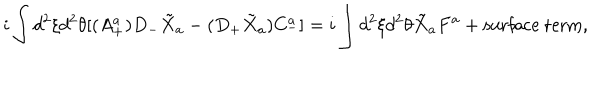
LaTeX: i \int d ^ { 2 } \xi d ^ { 2 } \theta [ ( A _ { + } ^ { a } ) D _ { - } \tilde { X } _ { a } - ( D _ { + } \tilde { X } _ { a } ) C _ { - } ^ { a } ] = i \int d ^ { 2 } \xi d ^ { 2 } \theta \tilde { X } _ { a } F ^ { a } + \mathrm { s u r f a c e ~ t e r m } ,